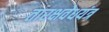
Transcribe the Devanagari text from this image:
तारक्षवेधयंत्र